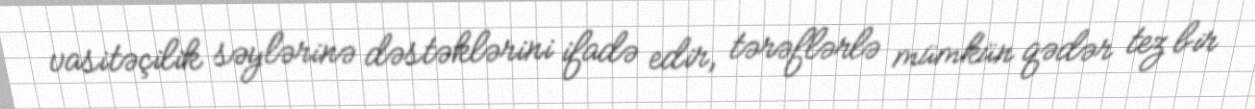
vasitəçilik səylərinə dəstəklərini ifadə edir, tərəflərlə mümkün qədər tez bir